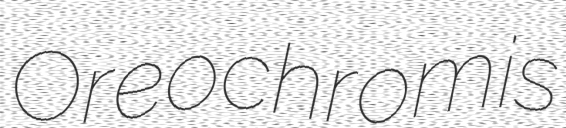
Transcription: Oreochromis